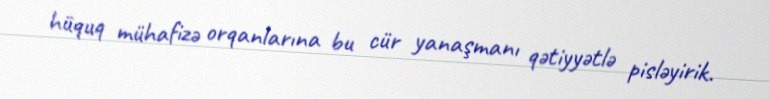
hüquq mühafizə orqanlarına bu cür yanaşmanı qətiyyətlə pisləyirik.